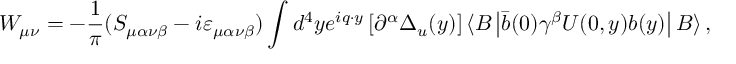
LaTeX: W _ { \mu \nu } = - \frac { 1 } { \pi } ( S _ { \mu \alpha \nu \beta } - i \varepsilon _ { \mu \alpha \nu \beta } ) \int d ^ { 4 } y e ^ { i q \cdot y } \left[ \partial ^ { \alpha } \Delta _ { u } ( y ) \right] \langle B \left| \bar { b } ( 0 ) \gamma ^ { \beta } U ( 0 , y ) b ( y ) \right| B \rangle \, ,